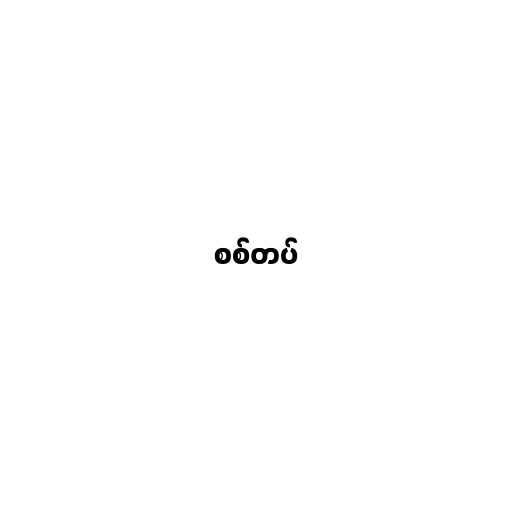
စစ်တပ်